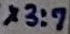
Text: X3:7